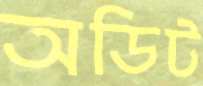
অডিট